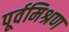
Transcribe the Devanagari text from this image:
पूर्वमिश्रण